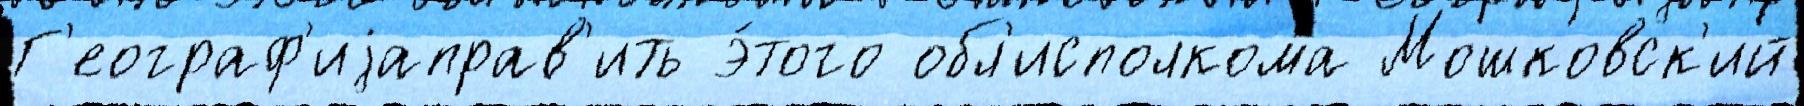
Г'еограф'иjаправ'ить э́того обл'исполкома Мошковск'ий